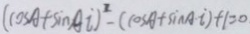
( \cos A + \sin A i ) ^ { 2 } - ( \cos A + \sin A i ) + 1 = 0